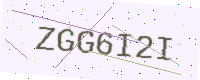
Text: ZGG6I2I